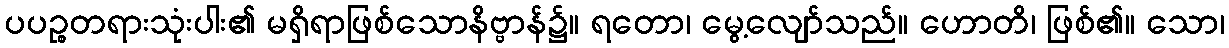
ပပဉ္စတရားသုံးပါး၏ မရှိရာဖြစ်သောနိဗ္ဗာန်၌။ ရတော၊ မွေ့လျော်သည်။ ဟောတိ၊ ဖြစ်၏။ သော၊